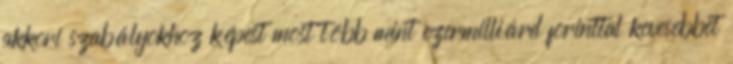
akkori szabályokhoz képest most több mint ezermilliárd forinttal kevesebbet